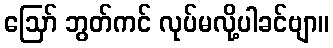
ဩော် ဘွတ်ကင် လုပ်မလို့ပါခင်ဗျာ။